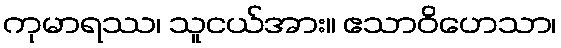
ကုမာရဿ၊ သူငယ်အား။ ဧသာဝိဟေသာ၊